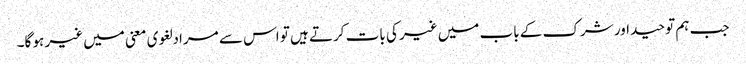
جب ہم توحید اور شرک کے باب میں غیر کی بات کرتے ہیں تو اس سے مراد لغوی معنی میں غیر ہو گا۔